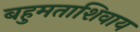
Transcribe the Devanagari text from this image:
बहुमताशिवाय